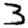
Digit: 3